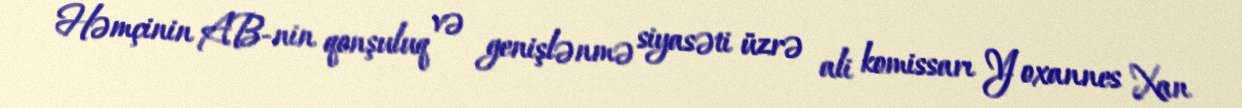
Həmçinin AB-nin qonşuluq və genişlənmə siyasəti üzrə ali komissarı Yoxannes Xan